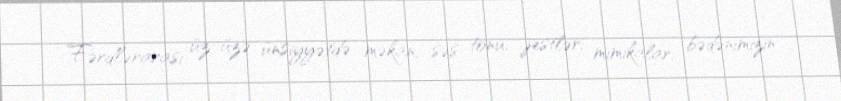
Fərdlərarası üz-üzə ünsiyyətdə məkan, səs tonu, jestlər, mimikalar, bədənimizin